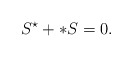
\begin{align*} S^{\star} + \ast S = 0.\end{align*}